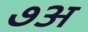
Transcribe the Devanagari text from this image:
७अ